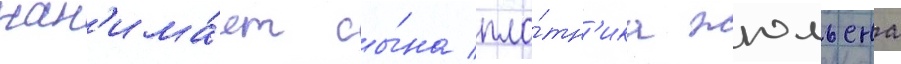
нан'има́ет сы́на пло́тн'ика жюльена